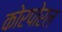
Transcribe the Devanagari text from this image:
कोरपोरल